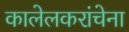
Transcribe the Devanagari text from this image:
कालेलकरांचेना